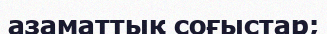
азаматтық соғыстар;